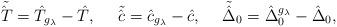
LaTeX: \begin{align*}\tilde{\hat{T}\hspace{.035in}}=\hat{T}_{g_\lambda}-\hat{T},\hspace{.2in}\tilde{\hat{c}\hspace{.018in}}=\hat{c}_{g_{\lambda}}-\hat{c},\hspace{.2in}\tilde{\hat{\Delta\hspace{.01in}}}_0=\hat{\Delta}^{g_\lambda}_0-\hat{\Delta}_0,\end{align*}